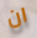
ان